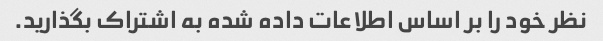
نظر خود را بر اساس اطلاعات داده شده به اشتراک بگذارید.